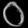
Digit: ၀